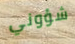
شؤوني